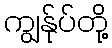
ကျွန်ုပ်တို့